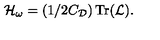
{ \cal H } _ { \omega } = ( 1 / 2 C _ { \cal D } ) \thinspace \mathrm { T r } ( { \cal L } ) .